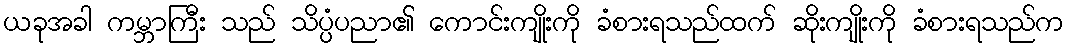
ယခုအခါ ကမ္ဘာကြီး သည် သိပ္ပံပညာ၏ ကောင်းကျိုးကို ခံစားရသည်ထက် ဆိုးကျိုးကို ခံစားရသည်က